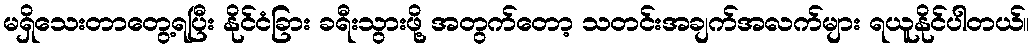
မရှိသေးတာတွေ့ရပြီး နိုင်ငံခြား ခရီးသွားဖို့ အတွက်တော့ သတင်းအချက်အလက်များ ရယူနိုင်ပါတယ်။